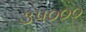
૩૫૦૦૦